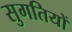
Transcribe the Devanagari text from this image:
सुगतियों